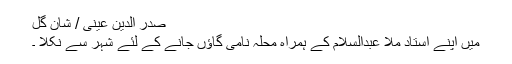
صدر الدین عینی / شان گل
میں اپنے استاد ملّا عبدالسلام کے ہمراہ محلہ نامی گاﺅں جانے کے لئے شہر سے نکلا ۔